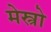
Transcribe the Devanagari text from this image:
मेस्त्रो